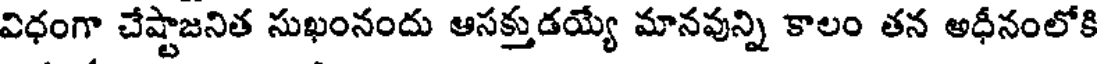
విధంగా చేష్టాజనిత సుఖంనందు ఆసక్తుడయ్యే మానవున్ని కాలం తన అధీనంలోకి